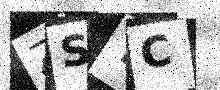
Text: ZSYC